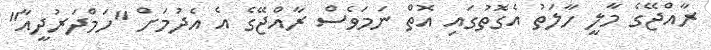
ރާއްޖޭގެ މާލީ ހާލަތު އެގޮތުގައި އޮތް ނަމަވެސް ރާއްޖޭގެ އެ އެދުމަށް "ހަމްދަރުދީއާ"